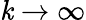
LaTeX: \mathit{k}\rightarrow\infty